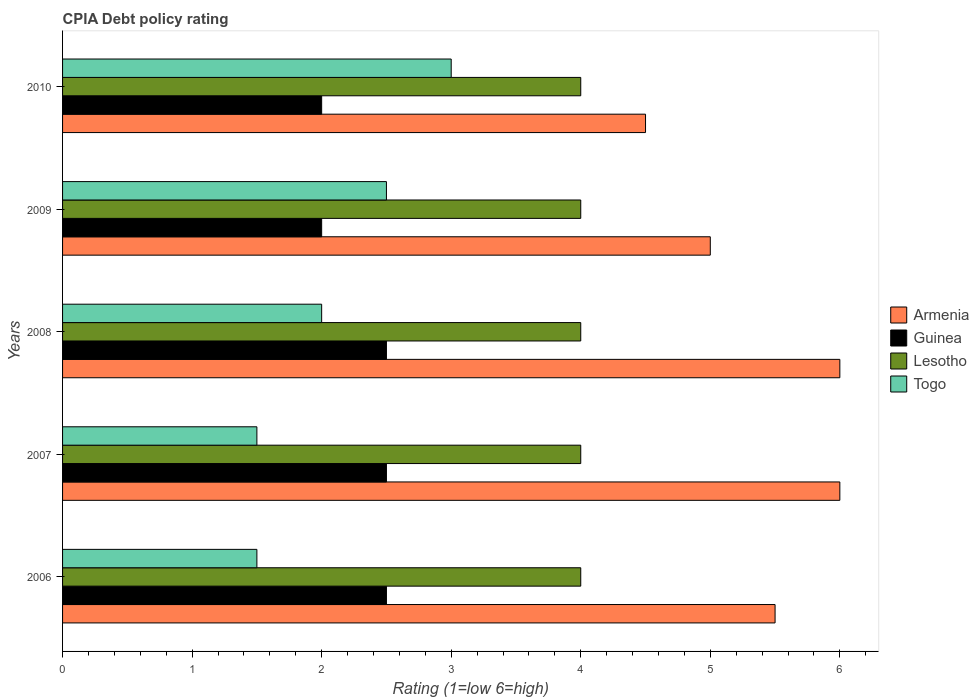
| Years | Armenia | Guinea | Lesotho | Togo |
 | --- | --- | --- | --- | --- |
 | 2006 | 5.5 | 2.5 | 4 | 1.5 |
 | 2007 | 6 | 2.5 | 4 | 1.5 |
 | 2008 | 6 | 2.5 | 4 | 2 |
 | 2009 | 5 | 2 | 4 | 2.5 |
 | 2010 | 4.5 | 2 | 4 | 3 |